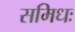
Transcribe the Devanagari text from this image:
समिधः